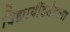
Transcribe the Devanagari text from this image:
विद्यार्थीदशेतल्या